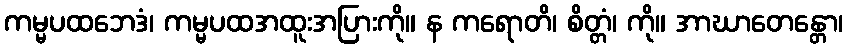
ကမ္မပထဘေဒံ၊ ကမ္မပထအထူးအပြားကို။ န ကရောတိ၊ စိတ္တံ၊ ကို။ အာဃာတေန္တော၊